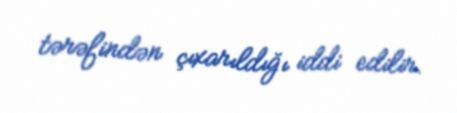
tərəfindən çıxarıldığı iddi edilir.